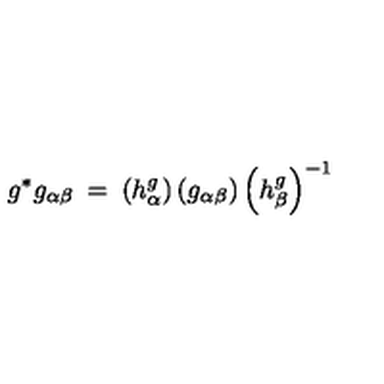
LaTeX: g ^ { * } g _ { \alpha \beta } \: = \: \left( h _ { \alpha } ^ { g } \right) \left( g _ { \alpha \beta } \right) \left( h _ { \beta } ^ { g } \right) ^ { - 1 }